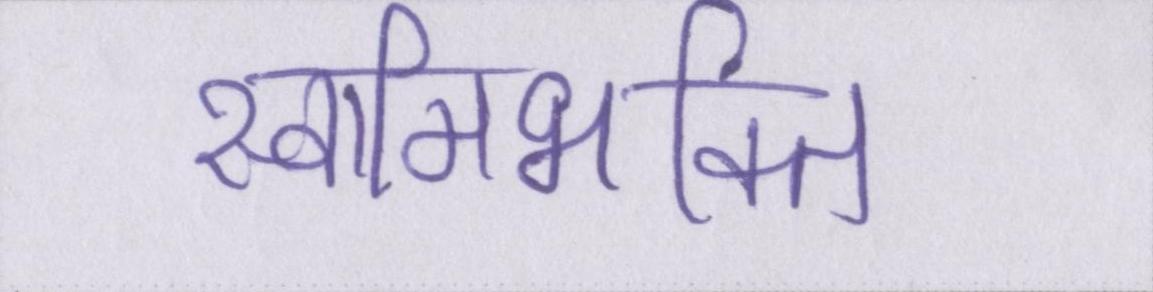
स्वामिभक्ति